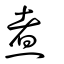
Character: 䰞